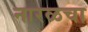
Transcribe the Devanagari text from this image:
नारळचा